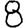
Digit: 8